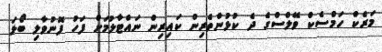
މަރެކް ހަމްސެކް ވޭލްސްގެ ދެ ކުޅުންތެރިން ކައިރިން ނައްޓާލުމަށް ފަހު ފޮނުވާލި ބޯޅަ